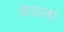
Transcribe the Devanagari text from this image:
चेचला